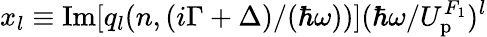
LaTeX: x_{l}\equiv\mathrm{Im}[q_{l}(n,{(i\Gamma+\Delta)}/{(\hbar\omega)})]({\hbar\omega}/{U_{\mathrm{p}}^{F_{1}}})^{l}